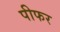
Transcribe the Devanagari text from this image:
पीफर